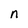
Character: n